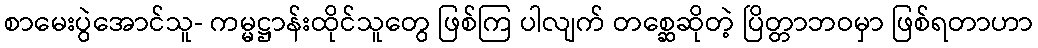
စာမေးပွဲအောင်သူ- ကမ္မဋ္ဌာန်းထိုင်သူတွေ ဖြစ်ကြ ပါလျက် တစ္ဆေဆိုတဲ့ ပြိတ္တာဘဝမှာ ဖြစ်ရတာဟာ